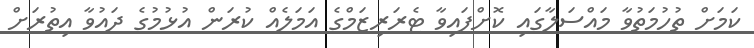
ކަމަށް ތުހުމަތުވާ މައްސަލާގައި ކޮށްފައިވާ ޓެރަރިޒަމްގެ އަމަލެއް ކުރަން އުޅުމުގެ ދައުވާ އިތުރަށް